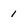
Character: 1